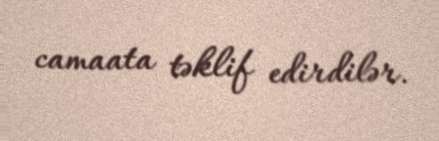
camaata təklif edirdilər.